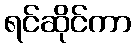
ရင်ဆိုင်ကာ